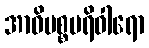
အာဓိပစ္စပရိဝါရော